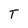
Character: T